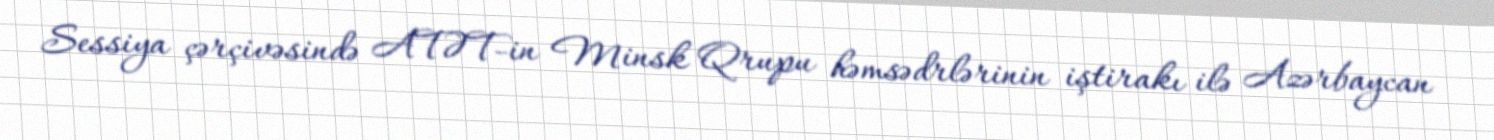
Sessiya çərçivəsində ATƏT-in Minsk Qrupu həmsədrlərinin iştirakı ilə Azərbaycan